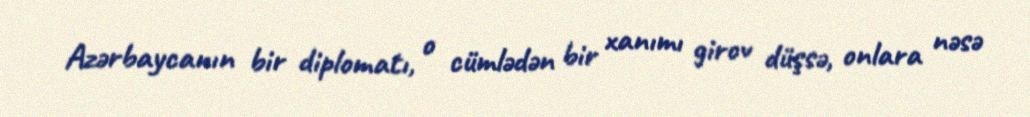
Azərbaycanın bir diplomatı, o cümlədən bir xanımı girov düşsə, onlara nəsə